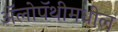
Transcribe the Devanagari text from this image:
ॲलोपॅथीमधील